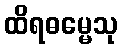
ထိရဓမ္မေသု